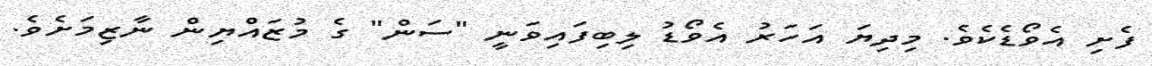
ފެށި އެވޯޑެކެވެ. މިދިޔަ އަހަރު އެވޯޑު ލިބިފައިވަނީ "ސަން" ގެ މުޒައްޔިން ނާޒިމަށެވެ.